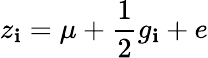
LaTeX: z_{\mathbf{i}}=\mu+{\frac{{1}}{{2}}}g_{\mathbf{i}}+e